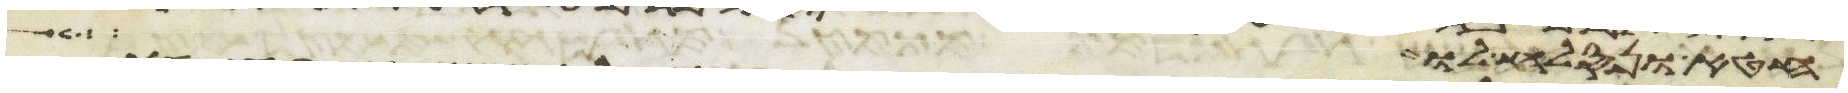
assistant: חטא ונסלח לו